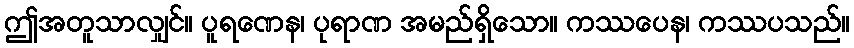
ဤအတူသာလျှင်။ ပူရဏေန၊ ပုရာဏ အမည်ရှိသော။ ကဿပေန၊ ကဿပသည်။